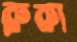
রুকা